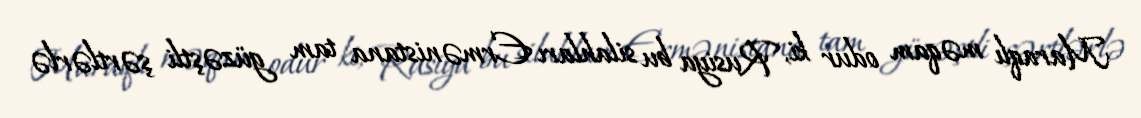
Maraqlı məqam odur ki, Rusiya bu silahları Ermənistana tam güzəştli şərtlərlə